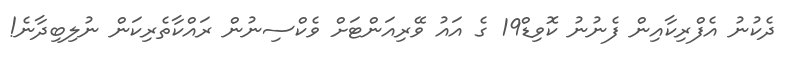
ދެކުނު އެފްރިކާއިން ފެނުނު ކޮވިޑް19 ގެ އައު ވޭރިއަންޓަށް ވެކްސިނުން ރައްކާތެރިކަން ނުލިބިދާނެ!